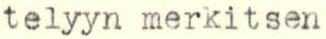
telyyn merkitsen